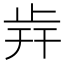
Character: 𣥭